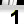
Digit: 1